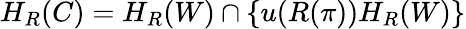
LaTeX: H_{R}(C)=H_{R}(W)\cap\left\{ u(R(\pi))H_{R}(W)\right\}